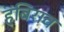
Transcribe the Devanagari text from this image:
हंबिराव